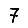
Digit: 7